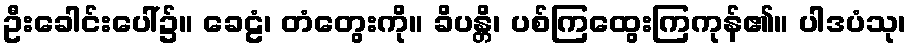
ဦးခေါင်းပေါ်၌။ ခေဠံ၊ တံတွေးကို။ ခိပန္တိ၊ ပစ်ကြထွေးကြကုန်၏။ ပါဒပံသု၊